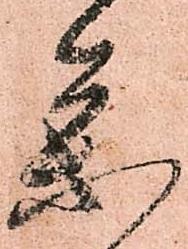
参